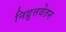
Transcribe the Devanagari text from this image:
निव्रुत्तवेतन